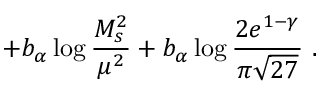
+ b _ { \alpha } \log \frac { M _ { s } ^ { 2 } } { \mu ^ { 2 } } + b _ { \alpha } \log \frac { 2 e ^ { 1 - \gamma } } { \pi \sqrt { 2 7 } } \ .